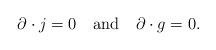
LaTeX: \begin{align*}\partial \cdot j = 0 \, \, \, \, \, \, {\rm and} \, \, \, \, \, \,\partial \cdot g = 0 .\end{align*}